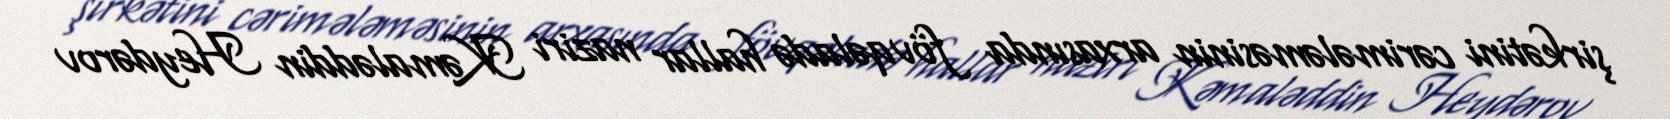
şirkətini cərimələməsinin arxasında fövqəladə hallar naziri Kəmaləddin Heydərov